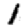
Digit: 1